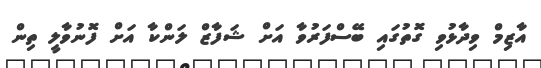
އާޒިމް ވިދާޅުވި ގޮތުގައި ބޭސްފަރުވާ އަށް ޝަފާޒް ލަންކާ އަށް ފޮނުވާލީ ތިން